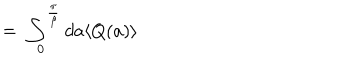
\; = \; \int _ { 0 } ^ { \frac { \pi } { \beta } } d a \langle Q ( a ) \rangle